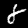
Digit: 8